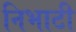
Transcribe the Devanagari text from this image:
निभाटी